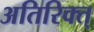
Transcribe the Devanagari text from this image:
अतिरिक्त्